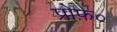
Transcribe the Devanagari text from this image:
प्रोफ़०